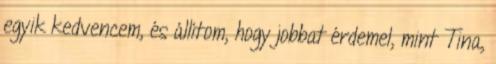
egyik kedvencem, és állítom, hogy jobbat érdemel, mint Tina,